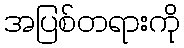
အပြစ်တရားကို